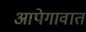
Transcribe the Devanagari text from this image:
आपेगावात